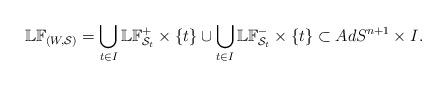
LaTeX: \begin{align*}\mathbb{LF}_{(W,\mathcal{S})}=\bigcup_{t\in I} \mathbb{LF}^+_{\mathcal{S}_t}\times \{t\}\cup \bigcup_{t\in I} \mathbb{LF}^-_{\mathcal{S}_t}\times \{t\}\subset AdS^{n+1}\times I.\end{align*}